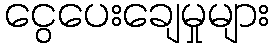
ငွေပေးချေမှုများ